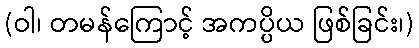
(ဝါ၊ တမန်ကြောင့် အကပ္ပိယ ဖြစ်ခြင်း၊)